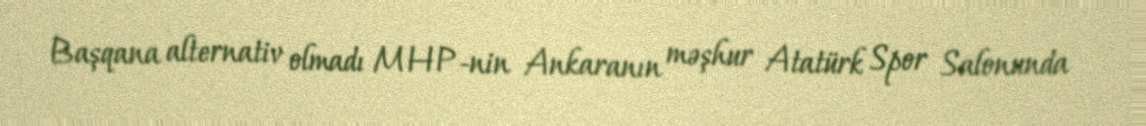
Başqana alternativ olmadı MHP-nin Ankaranın məşhur Atatürk Spor Salonunda